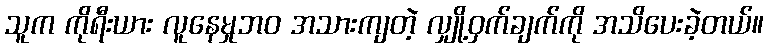
သူက ကိုရီးယား လူနေမှုဘဝ အသားကျတဲ့ လျှို့ဝှက်ချက်ကို အသိပေးခဲ့တယ်။